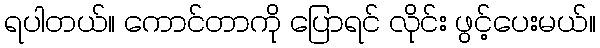
ရပါတယ်။ ကောင်တာကို ပြောရင် လိုင်း ဖွင့်ပေးမယ်။